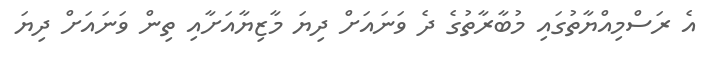
އެ ރަސްމިއްޔާތުގައި މުބާރާތުގެ ދެ ވަނައަށް ދިޔަ މާޒިޔާއަށާއި ތިން ވަނައަށް ދިޔަ